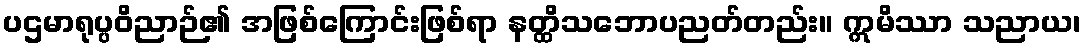
ပဌမာရုပ္ပဝိညာဉ်၏ အဖြစ်ကြောင်းဖြစ်ရာ နတ္ထိသဘောပညတ်တည်း။ ဣမိဿာ သညာယ၊